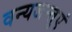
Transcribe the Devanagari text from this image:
वन्यजन्तुएं